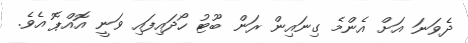
ދެވަނަ އަށް އެންމެ ގިނައިން ރަން ބޫޓު ހޯދައިފައި ވަނީ އޮއްޕޮ އެވެ.